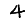
Digit: 4